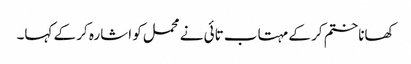
کھانا ختم کر کے مہتاب تائی نے محمل کو اشارہ کر کے کہا۔